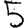
Digit: 5